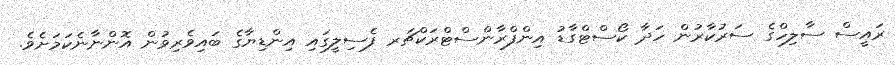
ރައީސް ސާލިހްގެ ސަރުކާރުން ހަދާ ކޯސްޓްގާޑު އިންފްރާންސްޓްރަކްޗަރ ފެސިލީގައި އިންޑިޔާގެ ބައިވެރިވުން އޮންނާނެކަމަށެވެ.